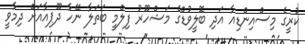
ކުރީގެ މިސްއިންޑިއާ އަދި ބޮލީވުޑްގެ މަޝްހޫރު ފިލްމީ ބަތަލާ ނޭހާ ދޫޕިއާއަށް ދިމާވީ